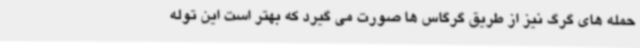
حمله های گرگ نیز از طریق گرگاس ها صورت می گیرد که بهتر است این توله